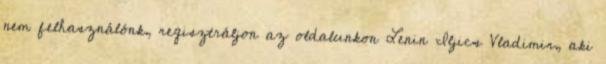
nem felhasználónk, regisztráljon az oldalunkon Lenin Iljics Vladimir, aki